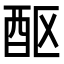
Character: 𬪧